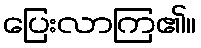
ပြေးလာကြ၏။